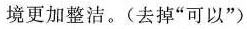
境更加整洁。(去掉”可以”)